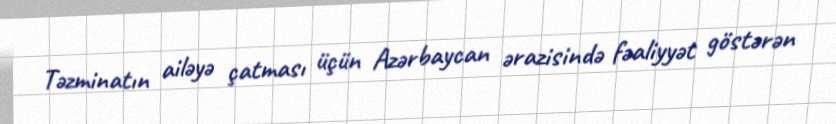
Təzminatın ailəyə çatması üçün Azərbaycan ərazisində fəaliyyət göstərən